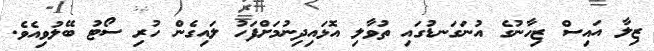
ޒިލާ އައިސް ޒިހާނުގެ އުނަގަނޑުގައި ތުވާލި އޮޅައިދިނުމަށްފަހު ލައިގެން ހުރި ސޯޓު ބޭލުވިއެވެ.